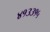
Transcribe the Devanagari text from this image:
४१३३१५